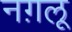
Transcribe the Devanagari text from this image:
नग़लू